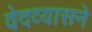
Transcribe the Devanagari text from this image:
वेदव्यासने